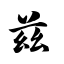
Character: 兹